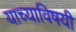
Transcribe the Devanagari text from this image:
याच्याविषयी